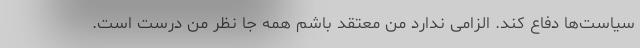
سیاست‌ها دفاع کند. الزامی ندارد من معتقد باشم همه جا نظر من درست است.